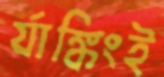
র‍্যাঙ্কিংই